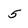
Character: 5